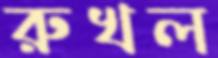
রুখল